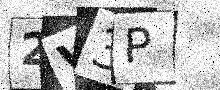
Text: 2V3P